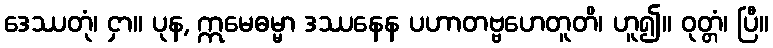
ဒေဿတုံ၊ ငှာ။ ပုန, ဣမေဓမ္မာ ဒဿနေန ပဟာတဗ္ဗဟေတူတိ၊ ဟူ၍။ ဝုတ္တံ၊ ပြီ။